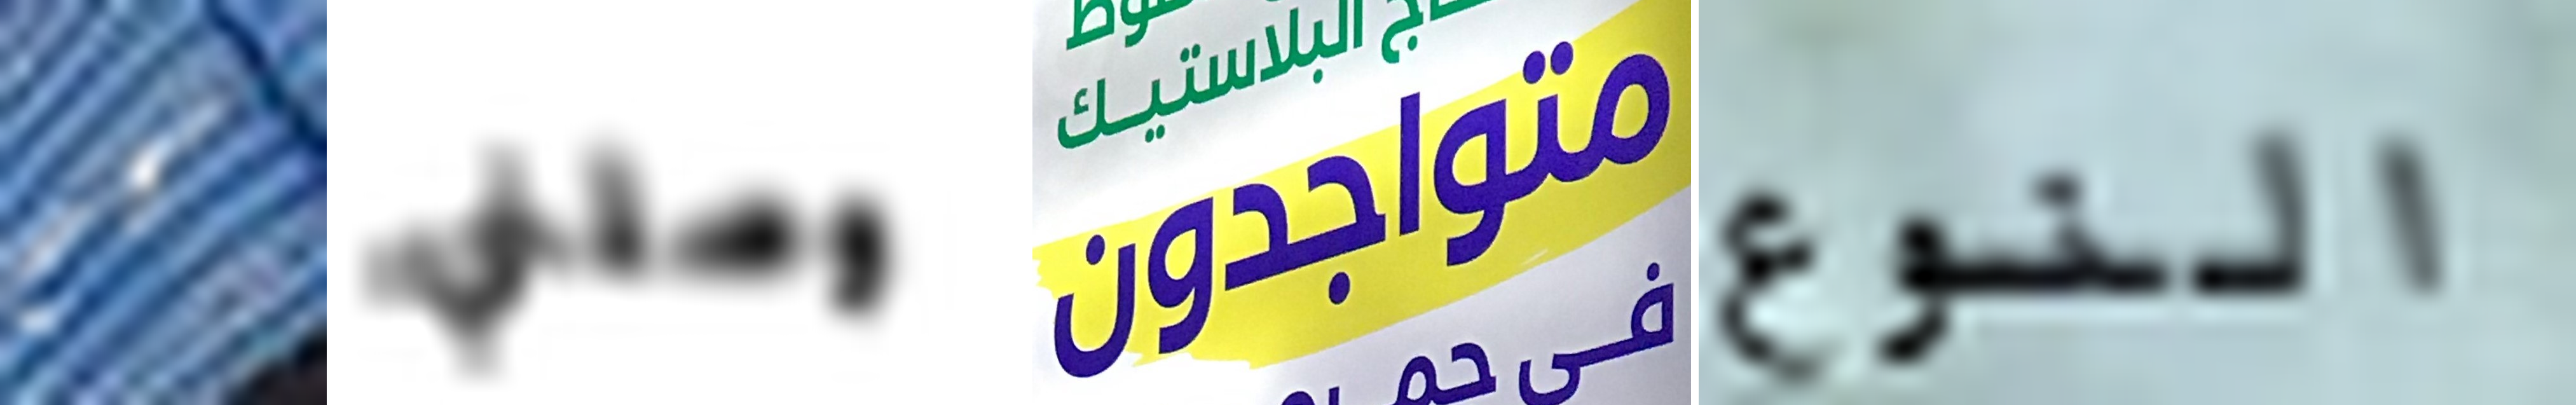
كم وصلني متواجدون النوع